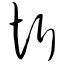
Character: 忻